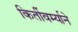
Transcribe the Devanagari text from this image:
किर्तीवर्म्याने